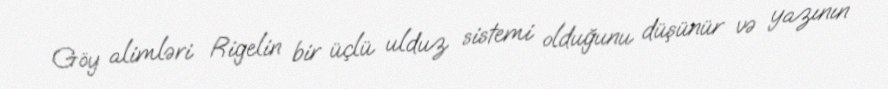
Göy alimləri Rigelin bir üçlü ulduz sistemi olduğunu düşünür və yazının